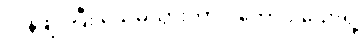
လန့်ဖျပ်ပြီး သေမသွားတာပဲ တော်ပါသေးရဲ့